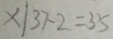
x \vert 3 7 - 2 = 3 5